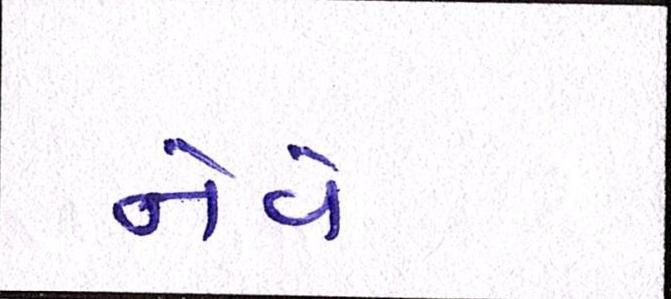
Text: નેવે